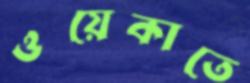
ওয়েকাতে